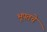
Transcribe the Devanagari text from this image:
भूपतचे